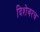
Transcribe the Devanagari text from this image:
दिशेवरच